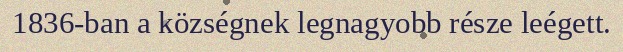
1836-ban a községnek legnagyobb része leégett.